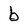
Character: b